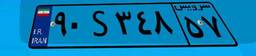
۲۳S۱۲۱۶۵